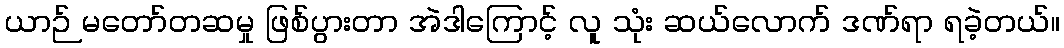
ယာဉ် မတော်တဆမှု ဖြစ်ပွားတာ အဲဒါကြောင့် လူ သုံး ဆယ်လောက် ဒဏ်ရာ ရခဲ့တယ်။